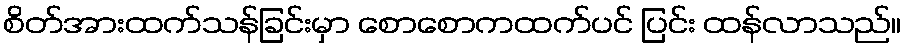
စိတ်အားထက်သန်ခြင်းမှာ စောစောကထက်ပင် ပြင်း ထန်လာသည်။